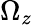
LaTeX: \Omega_{z}